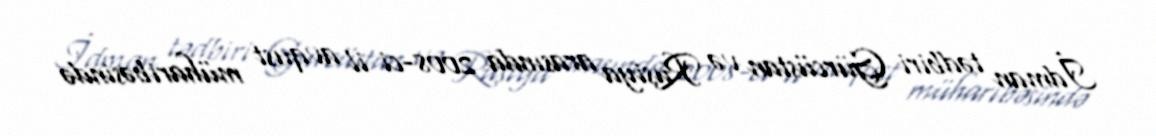
İdman tədbiri Gürcüstan və Rusiya arasında 2008-ci il avqust müharibəsində